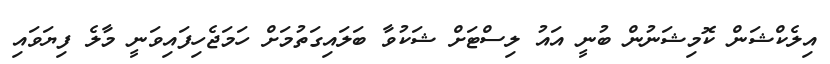
އިލެކްޝަން ކޮމިޝަނުން ބުނީ އައު ލިސްޓަށް ޝަކުވާ ބަލައިގަތުމަށް ހަމަޖެހިފައިވަނީ މާލެ ފިޔަވައި